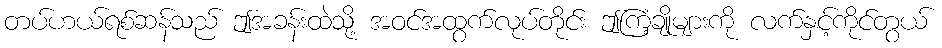
တပ်ဟယ်ရစ်ဆန်သည် ဤအခန်းထဲသို့ အဝင်အထွက်လုပ်တိုင်း ဤကြံ့ချိုများကို လက်နှင့်ကိုင်တွယ်